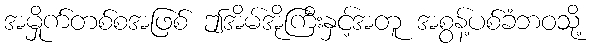
အမှိုက်တစ်စအဖြစ် ဤအိမ်အိုကြီးနှင့်အတူ အစွန့်ပစ်ခံဘဝသို့